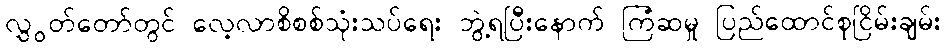
လွှွတ်တော်တွင် လေ့လာစိစစ်သုံးသပ်ရေး ဘွဲ့ရပြီးနောက် ကြံဆမှု ပြည်ထောင်စုငြိမ်းချမ်း